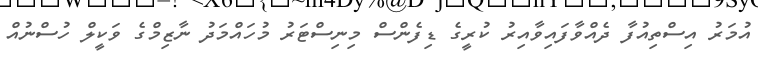
އުމަރު އިސްތިއުފާ ދެއްވާފައިވާއިރު ކުރީގެ ޑިފެންސް މިނިސްޓަރު މުހައްމަދު ނާޒިމްގެ ވަކީލް ހުސްނުއް